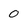
Character: 0